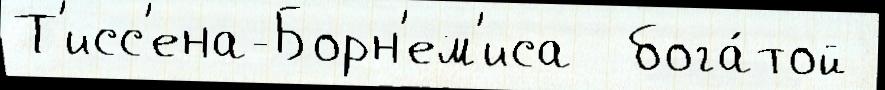
Т'исс'ена-Борн'ем'иса  бога́той